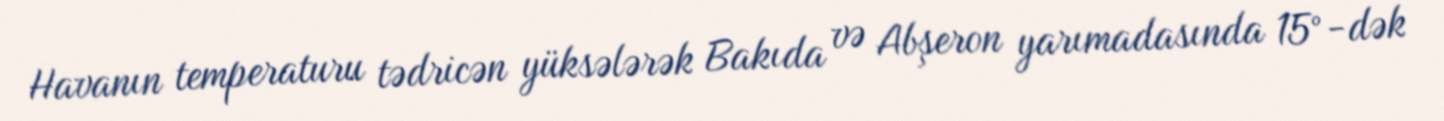
Havanın temperaturu tədricən yüksələrək Bakıda və Abşeron yarımadasında 15°-dək